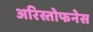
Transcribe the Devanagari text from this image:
अरिस्तोफनेस